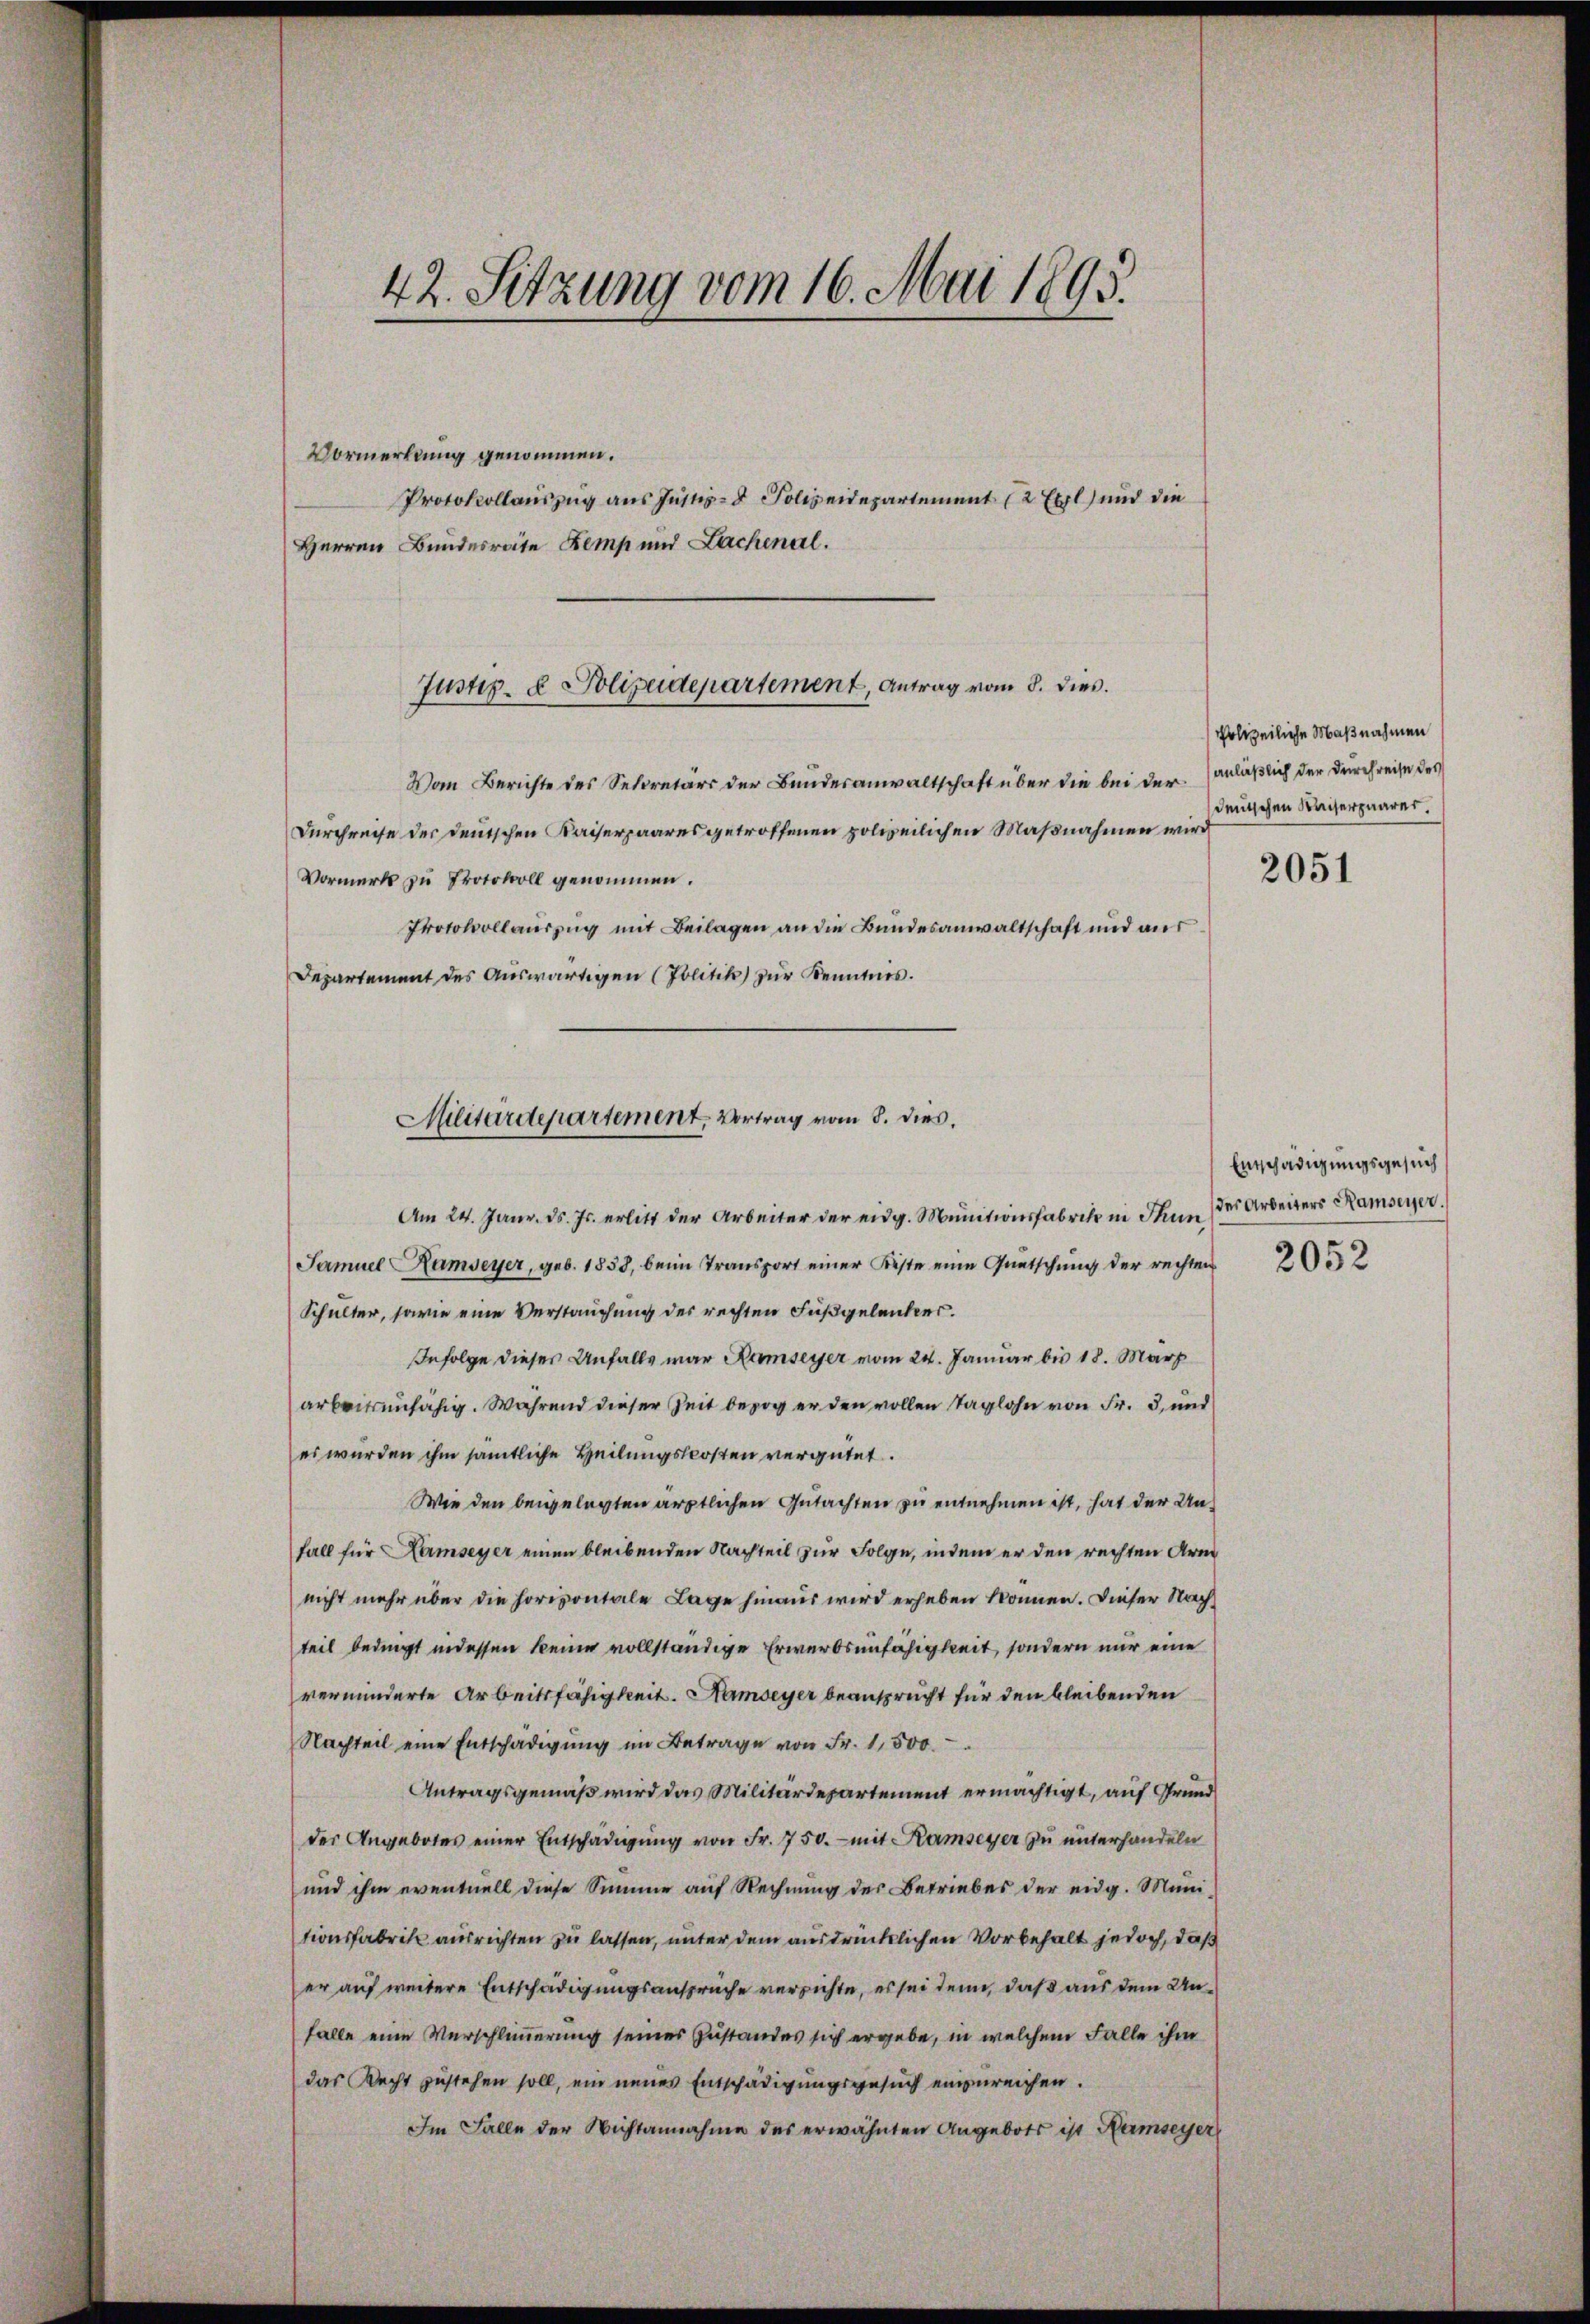
42. Setzung vom 16. Mai 1895.

Vormerkung genommen.
Protokollauszug aus Justiz- & Polizeidepartement (2 Exl) und die
Herren Bundesräte Kemp und Lachenal.
Vom Berichte des Secretärs der Bundesanwaltschaft über die bei der
Durchreife der deutschen Kaiserpaares getroffenen polizeilichen Maßnahmen wird
Vormerk zu Protokoll genommen.
Protokollauszug mit Beilagen an die Bundesanwaltschaft und aus¬
Departement des Auswärtigen (Politik zur Kenntnis.
Am 24. Janr. d. Js. erlitt der Arbeiter der eidg. Munitionsfabrik in Thun,
Samuel Ramseyer, geb. 1858, beim Transport einer Kiste eine Quetschung der rechten
Schulter, sowie eine Verstauchung des rechten Fußgeleiter.
Infolge dieser Anfalls war Ramseyer vom 24. Januar bis 18. März
arbeitsunfähig. Während dieser Zeit bezog er den vollen Taglohn von Fr. 3, und
es wurden ihm sämtliche Heilungskosten vergütet.
Wie den beigelegten ärztlichen Gutachten zu entnehmen ist, hat der Unfall für Hamseyer einen bleibenden Nachteil zur Folge, indem er den rechten Arm
nicht mehr über die horizontale Lage hinaus wird erheben können. Dieser Nachteil bedingt indessen keine vollständige Erwerbsunfähigkeit, sondern nur eine
verminderte Arbeitsfähigkeit. Hambeyer beansprucht für den bleibenden
Nachteil eine Entschädigung im Betrage von Fr. 1,500.
Antragsgemäß wird das Militärdepartement ermächtigt, auf Grund
der Angebotes einer Entschädigŭng von Fr. 750.- mit Kamseyer zu unterhandeln
und ihm eventuell diese Summe auf Rechnung der Betriebes der eidg. Munitionsfabrik ausrichten zu lassen, unter dem ausdrücklichen Vorbehalt jedoch, daß
er auf weitere Entschädigungsansprüche versichte, es sei denn, daß aus dem Unfalle eine Verschlimmerung seines Zustandes sich ergebe, in welchem Falle ihm
das Recht zustehen soll, ein neues Entschädigungsgesuch einzureichen.
Im Falle der Nichtannahme des erwähnten Angebots ist Hamseyer

Justiz- & Polizeidepartement, Antrag vom 8. dies

Militärdepartement, Vortrag vom 8. dies.

polizeiliche Maßnahmen
anläßlich der Durchreise des
deutschen Kaiserpaarer.

2051

Entschädigungsgesuch
des Arbeiters Ramseyer.
2052